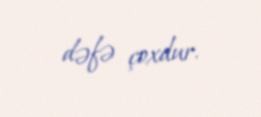
dəfə çoxdur.